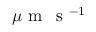
\mu \mathrm { ~ m ~ } \, \mathrm { ~ s ~ } ^ { - 1 }